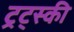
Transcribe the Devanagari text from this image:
ट्रट्स्की